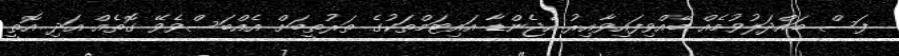
ފަސް ބައްދަލުވުމެއް ބޭއްވިފައިވާއިރު އެޖެންޑާ އައިޓަމްތަކުގެ ތަރުތީބަށް އެއްބަސްވެވޭ ގޮތެއް އަދި އޮތީ